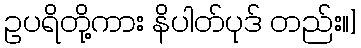
ဥပရိတို့ကား နိပါတ်ပုဒ် တည်း။]